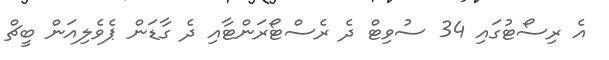
އެ ރިސޯޓުގައި 34 ސުވިޓް ދެ ރެސްޓޯރަންޓާއި ދެ ގާޑަން ޕެވެލިއަން ބީޗް